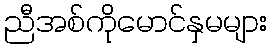
ညီအစ်ကိုမောင်နှမများ